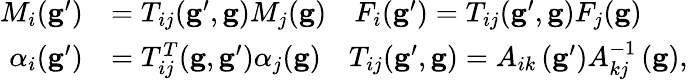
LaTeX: \begin{array}{rl}{M_{i}(\mathbf{g}^{\prime})}&{=T_{ij}(\mathbf{g}^{\prime},\mathbf{g})M_{j}(\mathbf{g})\quad F_{i}(\mathbf{g}^{\prime})=T_{ij}(\mathbf{g}^{\prime},\mathbf{g})F_{j}(\mathbf{g})}\\ {\alpha_{i}(\mathbf{g}^{\prime})}&{=T_{ij}^{T}(\mathbf{g},\mathbf{g}^{\prime})\alpha_{j}(\mathbf{g})\quad T_{ij}(\mathbf{g}^{\prime},\mathbf{g})=A_{ik}\left(\mathbf{g}^{\prime}\right)A_{kj}^{-1}\left(\mathbf{g}\right),}\end{array}